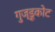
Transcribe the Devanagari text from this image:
गुज्डूकोट